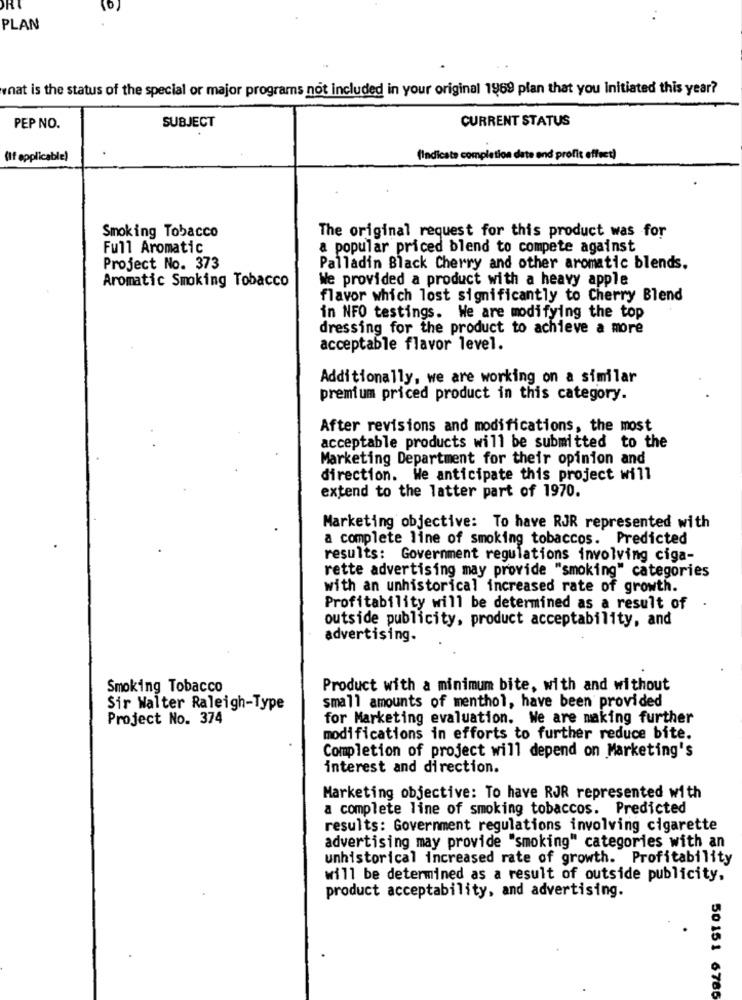
PLAN
what is the status of the special or major programs not included in your original 1969 plan that you Initiated this year?
CURRENT STATUS
PEP NO.
SUBJECT
(If applicable)
(Indicate comp
ation date and profit effect)
Smoking Tobacco
The original request for this product was for
Full Aromatic
a popular priced blend to compete against
Project No. 373
Palladin Black Cherry and other aromatic blends.
Aromatic Smoking Tobacco
We provided a product with a heavy apple
flavor which lost significantly to Cherry Blend
in NFO testings. We are modifying the top
dressing for the product to achieve a more
acceptable flavor level.
Additionally, we are working on a similar
premium priced product in this category.
After revisions and modifications, the most
acceptable products will be submitted to the
Marketing Department for their opinion and
direction. We anticipate this project will
extend to the latter part of 1970.
Marketing objective: To have RJR represented with
a complete line of smoking tobaccos. Predicted
results: Government regulations involving ciga-
rette advertising may provide "smoking" categories
with an unhistorical increased rate of growth.
Profitability will be determined as a result of
outside publicity, product acceptability, and
advertising.
Smoking Tobacco
Product with a minimum bite, with and without
Sir Walter Raleigh-Type
small amounts of menthol, have been provided
Project No. 374
for Marketing evaluation. We are making further
modifications in efforts to further reduce bite.
Completion of project will depend on Marketing's
interest and direction.
Marketing objective: To have RJR represented with
a complete line of smoking tobaccos. Predicted
results: Government regulations involving cigarette
advertising may provide "smoking" categories with an
unhistorical increased rate of growth. Profitability
will be determined as a result of outside publicity,
product acceptability, and advertising.
50 151 6786